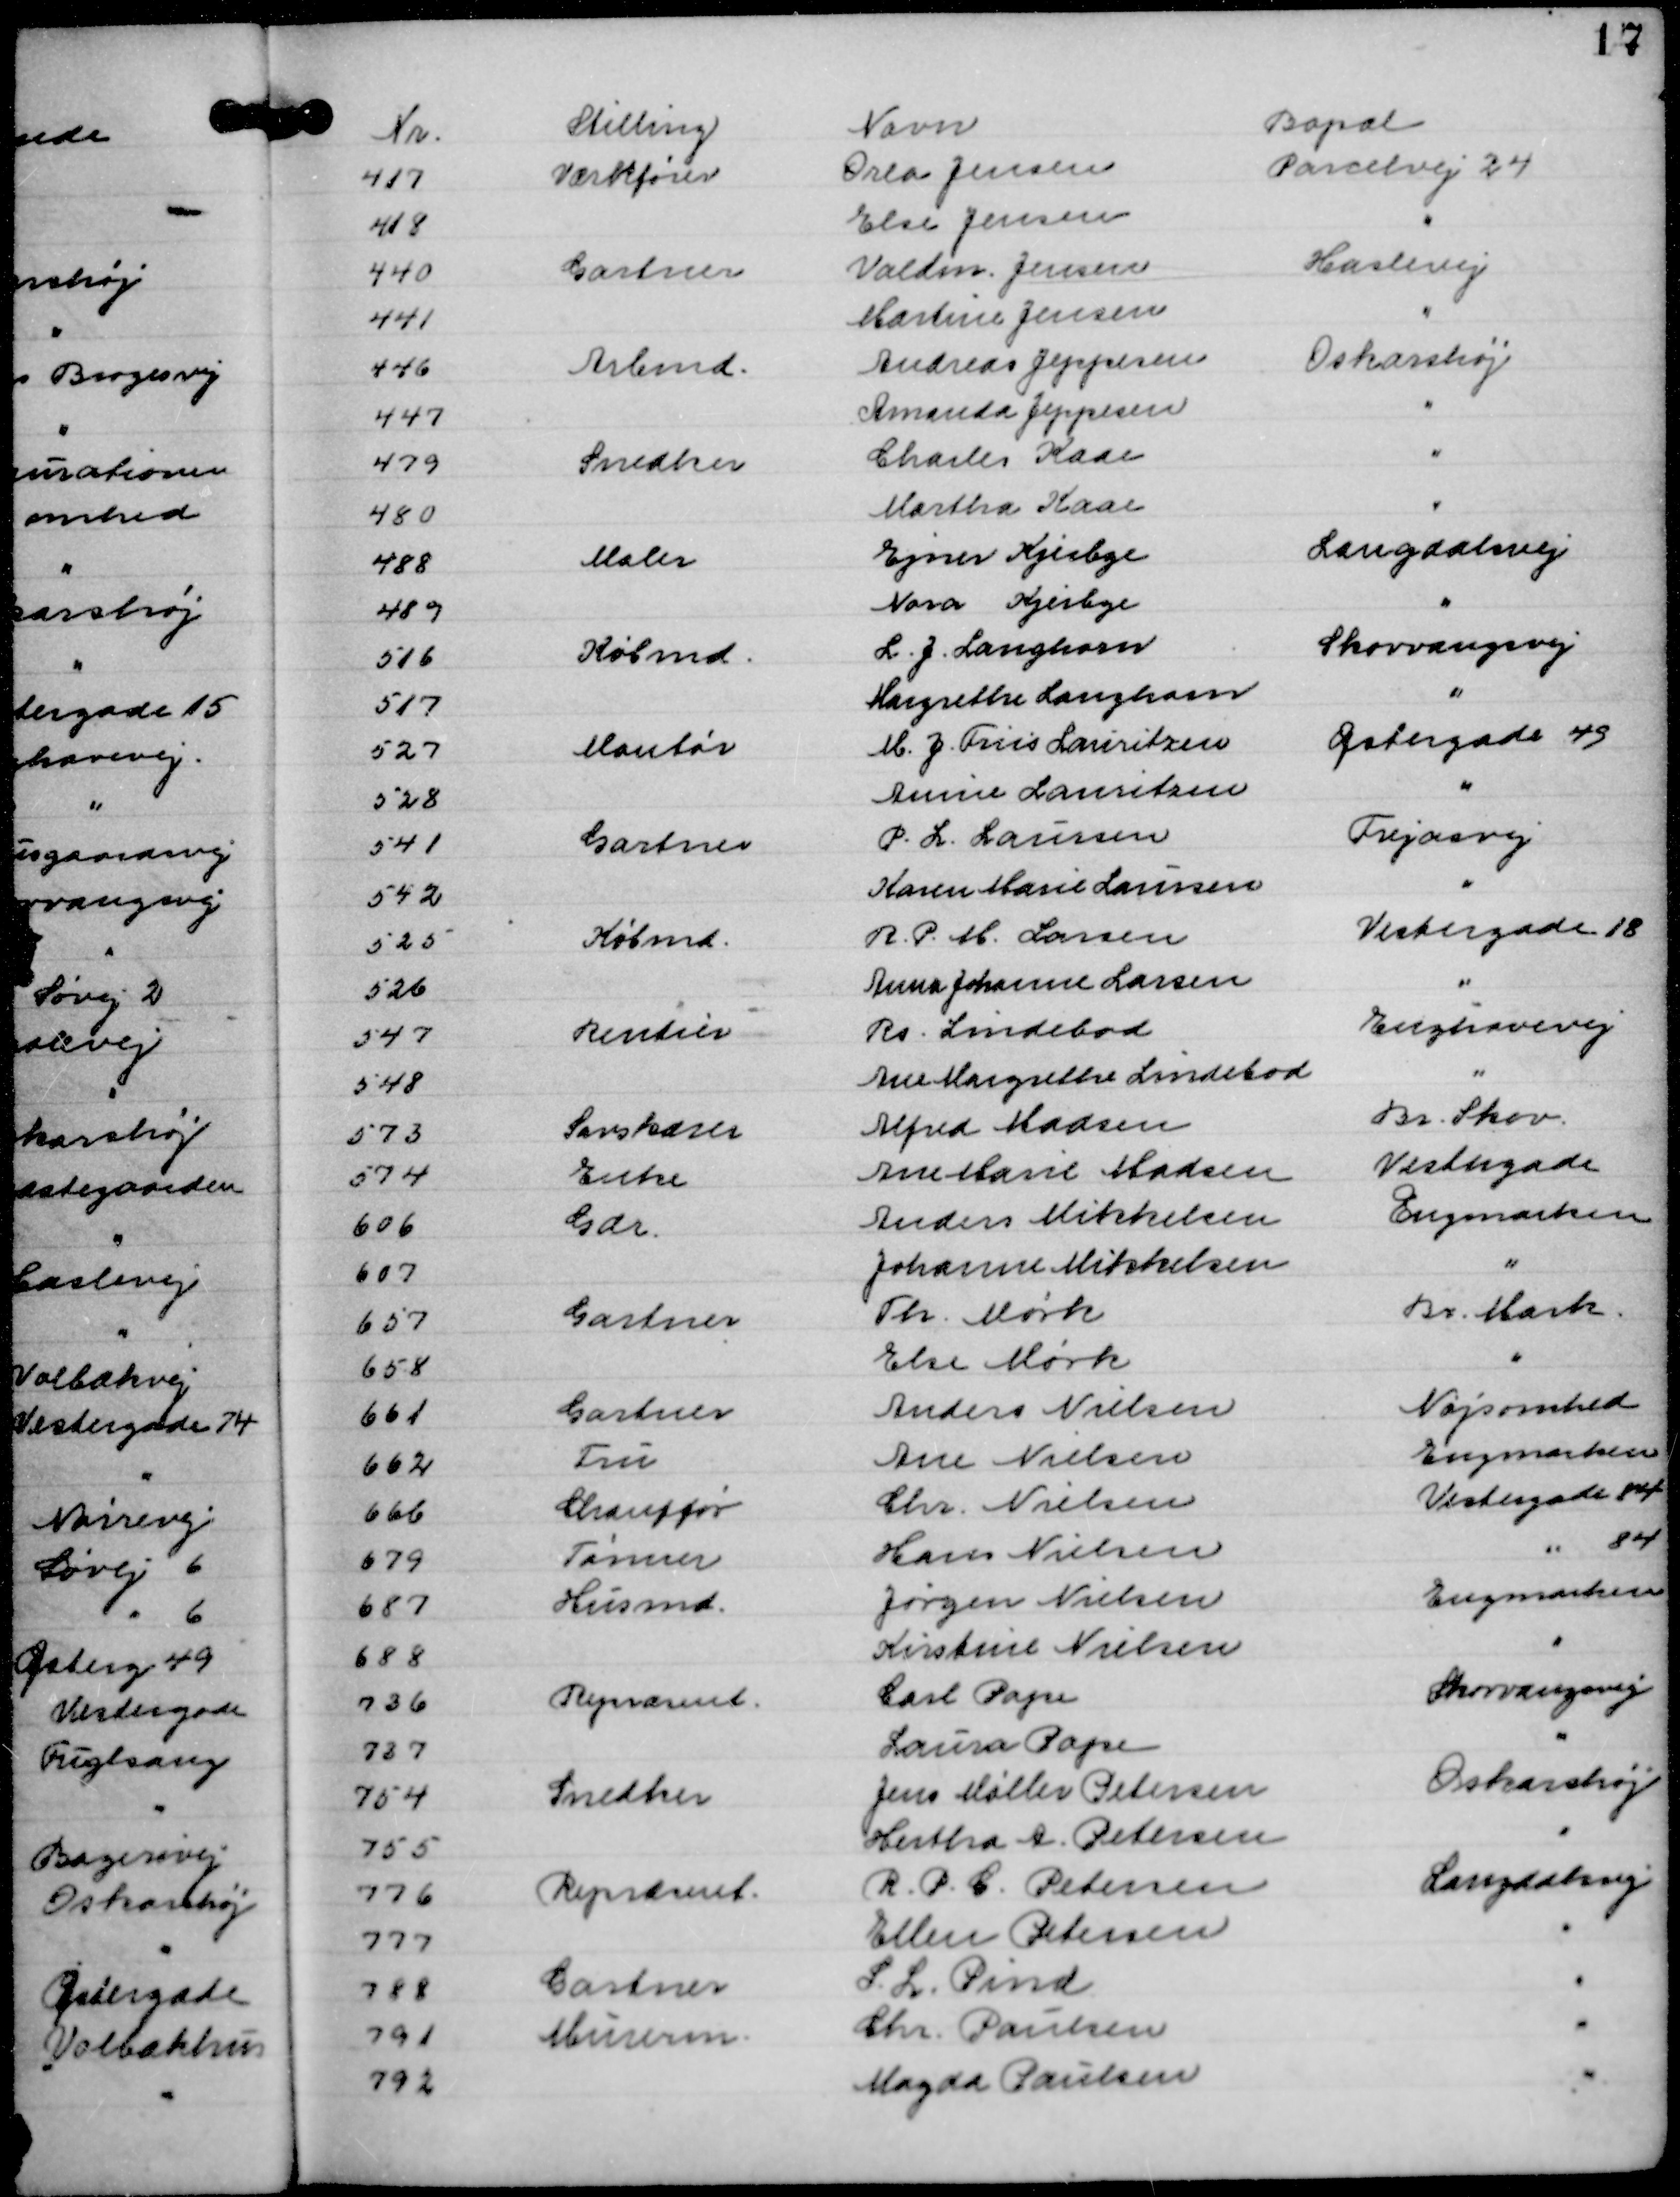
Transskription:
Nr.
Stilling
Navn
Bopæl
417
Værkfører
Orla Jensen
Parcelvej 24
418
Else Jensen
"
440
Gartner
Valdm. Jensen
Haslevej
441
Martine Jensen
"
446
Arbmd.
Andreas Jeppesen
Oskarshøj
447
Amanda Jeppesen
"
479
Snedker
Charles Kaae
"
480
Martha Kaae
"
488
Maler
Ejner Kjerbye
Langdalsvej
489
Nora Kjerbye
"
516
Købmd.
L. J. Langhorn
Skovvangsvej
517
Margrethe Langhorn
"
527
Montør
M. J. Friis Lauritzen
Østergade 49
528
Annie Lauritzen
"
541
Gartner
P. L. Laursen
Frejasvej
542
Karen Marie Laursen
"
525
Købmd.
R. P. M. Larsen
Vestergade 18
526
Anna Johanne Larsen
"
547
Rentier
Rs. Lindebod
Enghavevej
548
Ane Margrethe Lindebod
"
573
Savskærer
Alfred Madsen
Br. Skov.
574
Enke
Ane Marie Madsen
Vestergade
606
Gdr.
Anders Mikkelsen
Engmarken
607
Johanne Mikkelsen
"
657
Gartner
Th. Mørk
Br. Mark.
658
Else Mørk
"
661
Gartner
Anders Nielsen
Nøjsomhed
662
Fru
Ane Nielsen
Engmarken
666
Chauffør
Chr. Nielsen
Vestergade 84
679
Tømrer
Hans Nielsen
" 84
687
Husmd
Jørgen Nielsen
Engmarken
688
Kirstine Nielsen
"
736
Repræsent.
Carl Pape
Skovvangsvej
737
Laura Pape
"
754
Snedker
Jens Møller Petersen
Oskarshøj
755
Hertha A. Petersen
"
776
Repræsent.
R. P. C. Petersen
Langdalsvej
777
Ellen Petersen
"
788
Gartner
S. L. Pind
"
791
Murerm.
Chr. Paulsen
"
792
Magda Paulsen
"